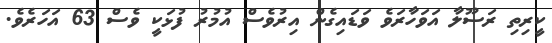
ކީރިތި ރަސޫލާ އަވަހާރަވެ ވަޑައިގެން އިރުވެސް އުމުރު ފުޅަކީ ވެސް 63 އަހަރެވެ.